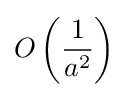
O\left({\frac {1}{a^{2}}}\right)